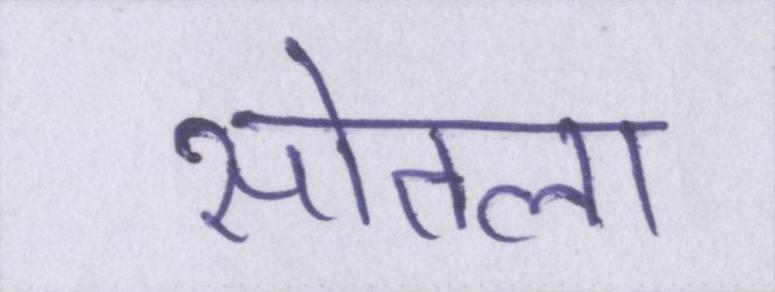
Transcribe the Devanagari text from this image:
सोतला